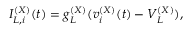
I _ { L , i } ^ { ( X ) } ( t ) = g _ { L } ^ { ( X ) } ( v _ { i } ^ { ( X ) } ( t ) - V _ { L } ^ { ( X ) } ) ,